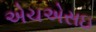
એચએસઇ